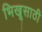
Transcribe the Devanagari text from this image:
भिखूसाठी